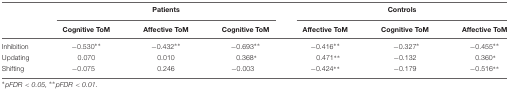
|  | <COLSPAN=3> Patients | <COLSPAN=3> Controls |
 |  | Cognitive ToM | Affective ToM | Cognitive ToM | Affective ToM | Cognitive ToM | Affective ToM |
 | --- | --- | --- | --- | --- | --- | --- |
 | Inhibition | –0.530∗∗ | –0.432∗∗ | –0.693∗∗ | –0.416∗∗ | –0.327∗ | –0.455∗∗ |
 | Updating | 0.070 | 0.010 | 0.368∗ | 0.471∗∗ | –0.132 | 0.360∗ |
 | Shifting | –0.075 | 0.246 | –0.003 | –0.424∗∗ | –0.179 | –0.516∗∗ |